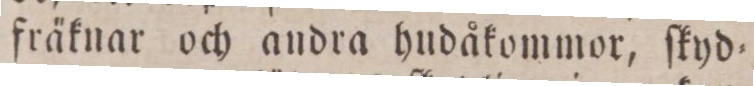
fräknar och andra hudåkommor, ſkyd=